Scottish Leaving Certificate Examination, 1960
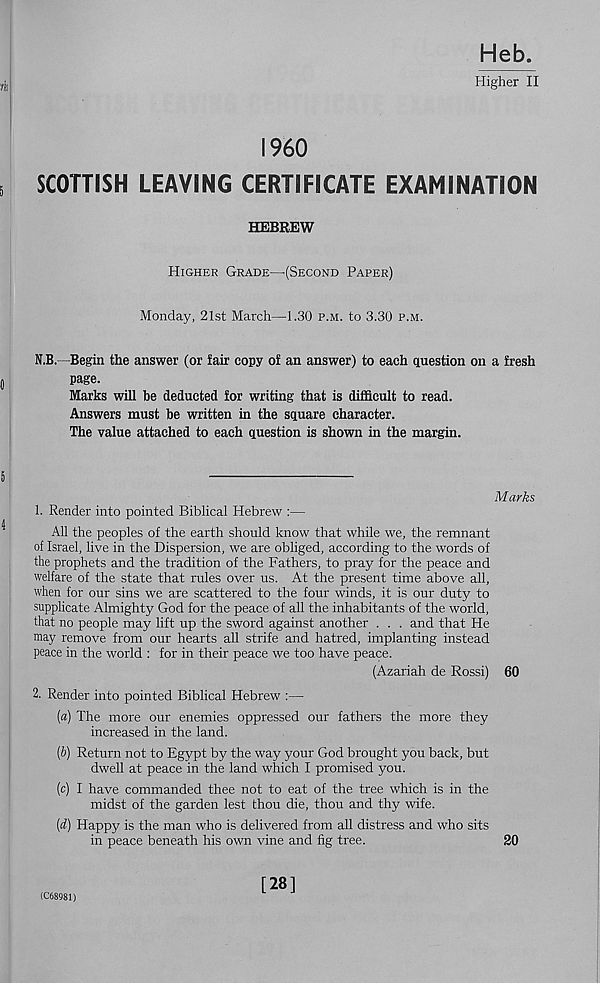
Heb.
Higher II
I960
SCOTTISH LEAVING CERTIFICATE EXAMINATION
HEBREW
Higher Grade—'(Second Paper)
Monday, 21st March—1.30 p.m. to 3.30 p.m.
N.B.—Begin the answer (or fair copy of an answer) to each question on a fresh
page.
Marks will be deducted for writing that is difficult to read.
Answers must be written in the square character.
The value attached to each question is shown in the margin.
Marks
1. Render into pointed Biblical Hebrew :—
All the peoples of the earth should know that while we, the remnant
of Israel, live in the Dispersion, we are obliged, according to the words of
the prophets and the tradition of the Fathers, to pray for the peace and
welfare of the state that rules over us. At the present time above all,
when for our sins we are scattered to the four winds, it is our duty to
supplicate Almighty God for the peace of all the inhabitants of the world,
that no people may lift up the sword against another . . . and that He
may remove from our hearts all strife and hatred, implanting instead
peace in the world : for in their peace we too have peace.
(Azariah de Rossi) 60
2. Render into pointed Biblical Hebrew :—
(a) The more our enemies oppressed our fathers the more they
increased in the land.
(b) Return not to Egypt by the way your God brought you back, but
dwell at peace in the land which I promised you.
(c) I have commanded thee not to eat of the tree which is in the
midst of the garden lest thou die, thou and thy wife.
(d) Happy is the man who is delivered from all distress and who sits
in peace beneath his own vine and fig tree.
20
(C68981)
[28]